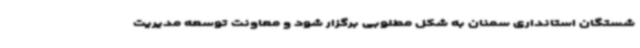
شستگان استانداری سمنان به شکل مطلوبی برگزار شود و معاونت توسعه مدیریت